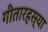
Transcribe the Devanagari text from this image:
गीतारहस्या